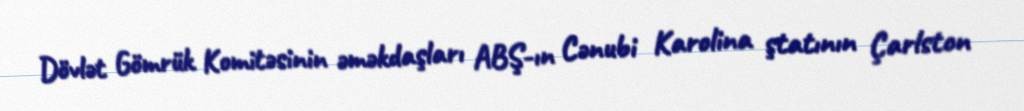
Dövlət Gömrük Komitəsinin əməkdaşları ABŞ-ın Cənubi Karolina ştatının Çarlston